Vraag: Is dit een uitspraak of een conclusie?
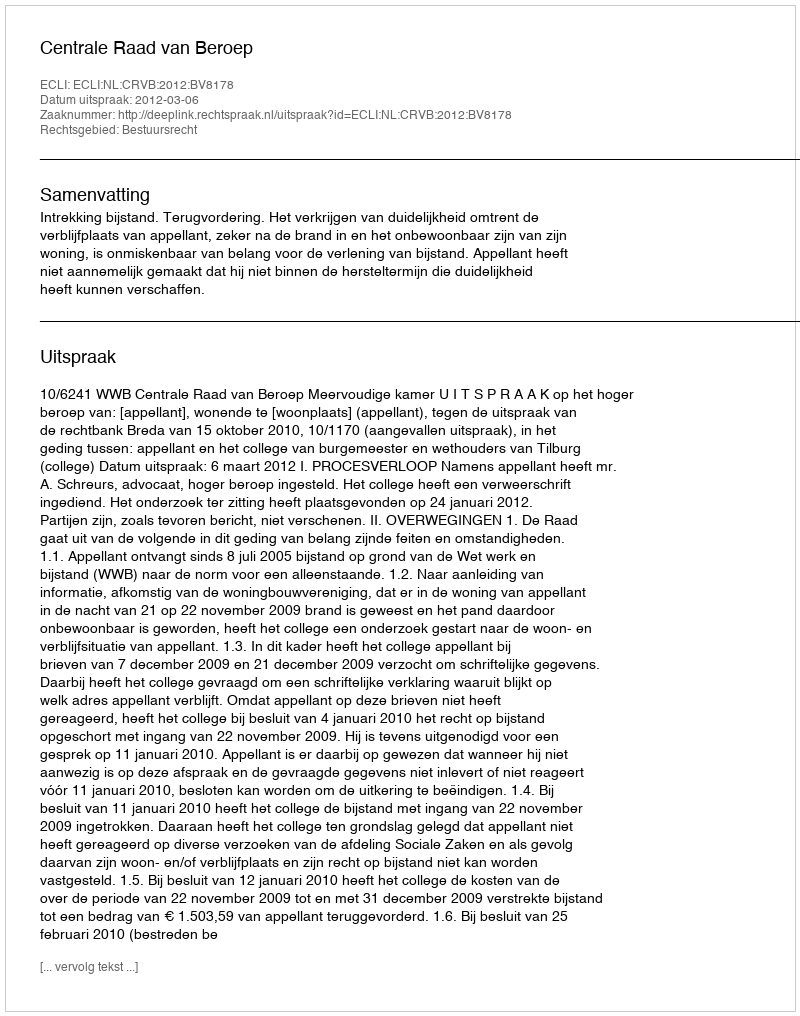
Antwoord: Uitspraak